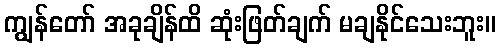
ကျွန်တော် အခုချိန်ထိ ဆုံးဖြတ်ချက် မချနိုင်သေးဘူး။